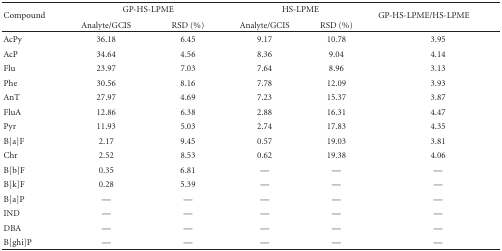
| <ROWSPAN=2> Compound | <COLSPAN=2> GP-HS-LPME | <COLSPAN=2> HS-LPME | <ROWSPAN=2> GP-HS-LPME/HS-LPME |
 | Analyte/GCIS | RSD (%) | Analyte/GCIS | RSD (%) |
 | --- | --- | --- | --- | --- | --- |
 | AcPy | 36.18 | 6.45 | 9.17 | 10.78 | 3.95 |
 | AcP | 34.64 | 4.56 | 8.36 | 9.04 | 4.14 |
 | Flu | 23.97 | 7.03 | 7.64 | 8.96 | 3.13 |
 | Phe | 30.56 | 8.16 | 7.78 | 12.09 | 3.93 |
 | AnT | 27.97 | 4.69 | 7.23 | 15.37 | 3.87 |
 | FluA | 12.86 | 6.38 | 2.88 | 16.31 | 4.47 |
 | Pyr | 11.93 | 5.03 | 2.74 | 17.83 | 4.35 |
 | B[a]F | 2.17 | 9.45 | 0.57 | 19.03 | 3.81 |
 | Chr | 2.52 | 8.53 | 0.62 | 19.38 | 4.06 |
 | B[b]F | 0.35 | 6.81 | — | — | — |
 | B[k]F | 0.28 | 5.39 | — | — | — |
 | B[a]P | — | — | — | — | — |
 | IND | — | — | — | — | — |
 | DBA | — | — | — | — | — |
 | B[ghi]P | — | — | — | — | — |